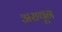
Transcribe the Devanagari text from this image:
अराथून